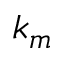
k _ { m }